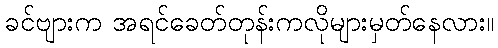
ခင်ဗျားက အရင်ခေတ်တုန်းကလိုများမှတ်နေလား။